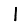
Digit: 1